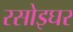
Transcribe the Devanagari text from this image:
रसोइघर